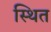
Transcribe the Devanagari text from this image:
स्थित